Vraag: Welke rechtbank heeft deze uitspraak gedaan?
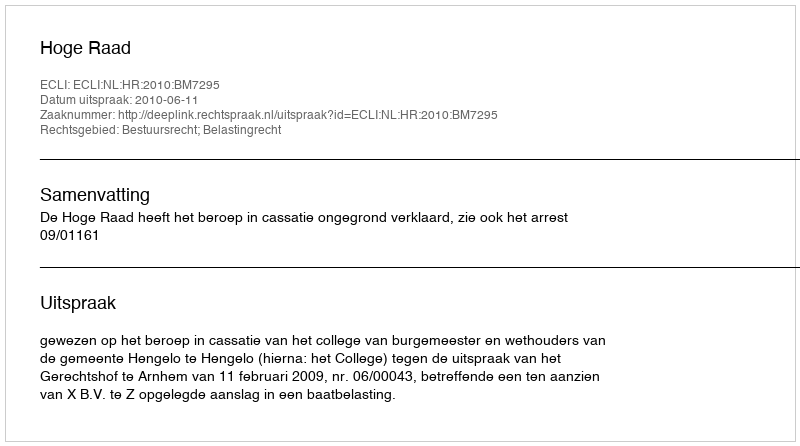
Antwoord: Hoge Raad